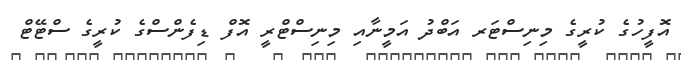
އޮފީހުގެ ކުރީގެ މިނިސްޓަރ އަބްދު އަމީނާއި މިނިސްޓްރީ އޮފް ޑިފެންސްގެ ކުރީގެ ސްޓޭޓް